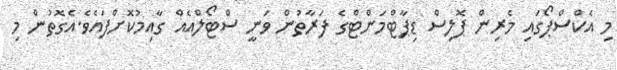
މި އެކްސްޕޯގައި މެރިން ޕޮލިސް ޑިޕާޓްމަންޓްގެ ފަރާތުން ވަނީ ސްޓޯލްއެއް ގާއިމުކޮށްފައެވެ.އެގޮތުން މި